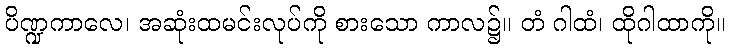
ပိဏ္ဍကာလေ၊ အဆုံးထမင်းလုပ်ကို စားသော ကာလ၌။ တံ ဂါထံ၊ ထိုဂါထာကို။